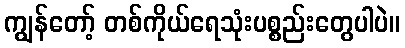
ကျွန်တော့် တစ်ကိုယ်ရေသုံးပစ္စည်းတွေပါပဲ။